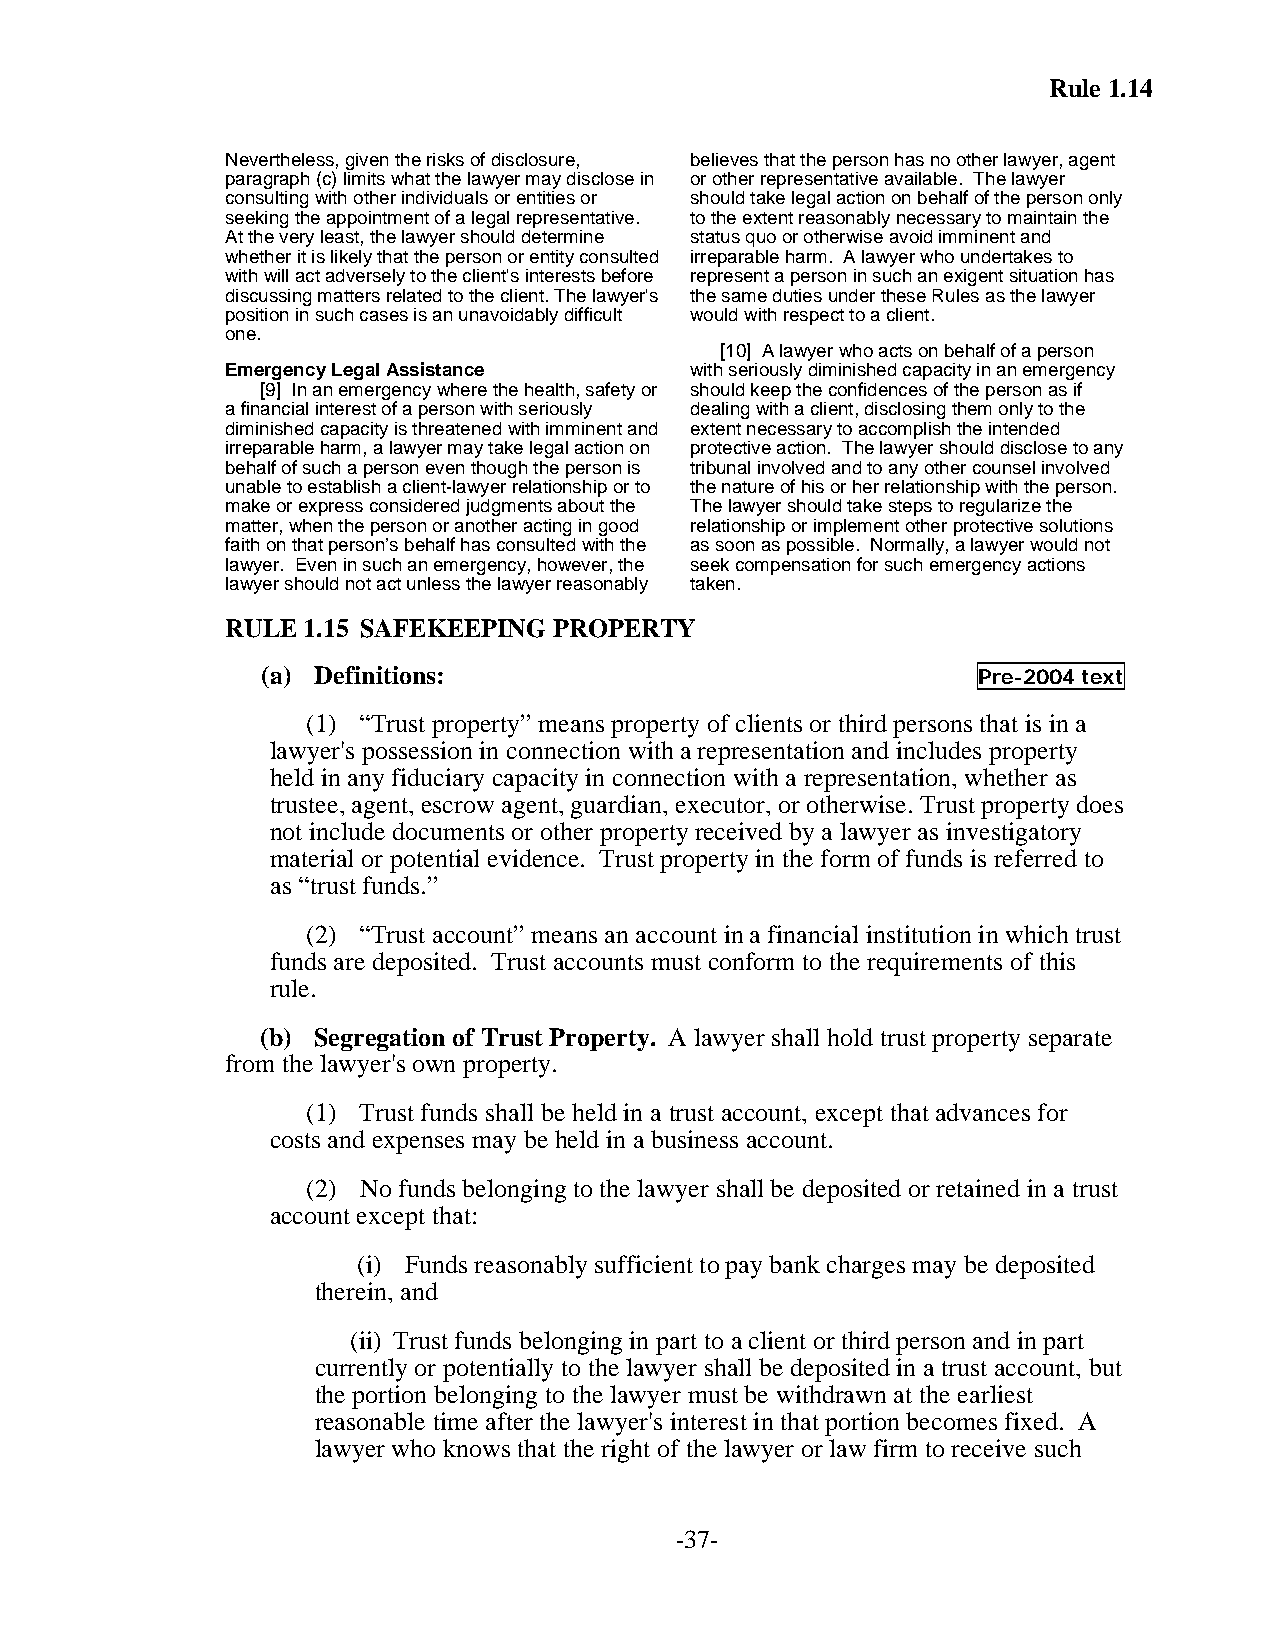
Rule 1.14
 Nevertheless, given the risks of disclosure, believes that the person has no other lawyer, agent
 paragraph (c) limits what the lawyer may disclose in or other representative available. The lawyer
 consulting with other individuals or entities or should take legal action on behalf of the person only
 seeking the appointment of a legal representative. to the extent reasonably necessary to maintain the
 At the very least, the lawyer should determine status quo or otherwise avoid imminent and
 whether it is likely that the person or entity consulted irreparable harm. A lawyer who undertakes to
 with will act adversely to the client's interests before represent a person in such an exigent situation has
 discussing matters related to the client. The lawyer's the same duties under these Rules as the lawyer
 position in such cases is an unavoidably difficult would with respect to a client.
 one.
 [10] A lawyer who acts on behalf of a person
 Emergency Legal Assistance     with seriously diminished capacity in an emergency
 [9] In an emergency where the health, safety or should keep the confidences of the person as if
 a financial interest of a person with seriously dealing with a client, disclosing them only to the
 diminished capacity is threatened with imminent and extent necessary to accomplish the intended
 irreparable harm, a lawyer may take legal action on protective action. The lawyer should disclose to any
 behalf of such a person even though the person is tribunal involved and to any other counsel involved
 unable to establish a client-lawyer relationship or to the nature of his or her relationship with the person.
 make or express considered judgments about the The lawyer should take steps to regularize the
 matter, when the person or another acting in good relationship or implement other protective solutions
 faith on that person’s behalf has consulted with the as soon as possible. Normally, a lawyer would not
 lawyer. Even in such an emergency, however, the seek compensation for such emergency actions
 lawyer should not act unless the lawyer reasonably taken.
 RULE 1.15 SAFEKEEPING PROPERTY
 (a) Definitions:                                Pre-2004 text
 (1) “Trust property” means property of clients or third persons that is in a
 lawyer's possession in connection with a representation and includes property
 held in any fiduciary capacity in connection with a representation, whether as
 trustee, agent, escrow agent, guardian, executor, or otherwise. Trust property does
 not include documents or other property received by a lawyer as investigatory
 material or potential evidence. Trust property in the form of funds is referred to
 as “trust funds.”
 (2) “Trust account” means an account in a financial institution in which trust
 funds are deposited. Trust accounts must conform to the requirements of this
 rule.
 (b) Segregation of Trust Property. A lawyer shall hold trust property separate
 from the lawyer's own property.
 (1) Trust funds shall be held in a trust account, except that advances for
 costs and expenses may be held in a business account.
 (2) No funds belonging to the lawyer shall be deposited or retained in a trust
 account except that:
 (i) Funds reasonably sufficient to pay bank charges may be deposited
 therein, and
 (ii) Trust funds belonging in part to a client or third person and in part
 currently or potentially to the lawyer shall be deposited in a trust account, but
 the portion belonging to the lawyer must be withdrawn at the earliest
 reasonable time after the lawyer's interest in that portion becomes fixed. A
 lawyer who knows that the right of the lawyer or law firm to receive such
 -37-